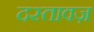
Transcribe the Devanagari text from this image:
दस्तावज़